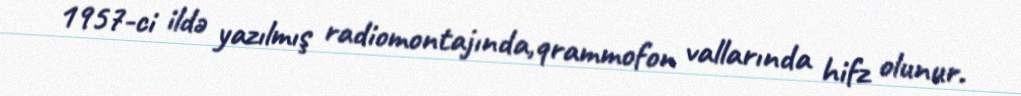
1957-ci ildə yazılmış radiomontajında,qrammofon vallarında hifz olunur.